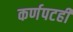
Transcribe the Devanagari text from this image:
कर्णपटही